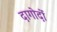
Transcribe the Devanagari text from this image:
दागोर्दो